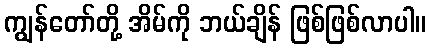
ကျွန်တော်တို့ အိမ်ကို ဘယ်ချိန် ဖြစ်ဖြစ်လာပါ။